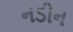
નડીન